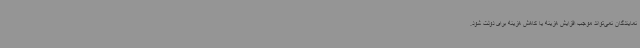
نمایندگان نمی‌تواند موجب افزایش هزینه یا کاهش هزینه برای دولت شود.